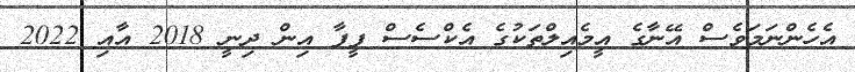
އެހެންނަމަވެސް އޭނާގެ އީމެއިލްތަކުގެ އެކްސެސް ފީފާ އިން ދިނީ 2018 އާއި 2022